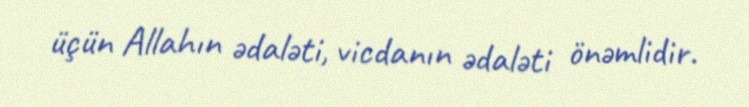
üçün Allahın ədaləti, vicdanın ədaləti önəmlidir.